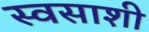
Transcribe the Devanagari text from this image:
स्वसाशी